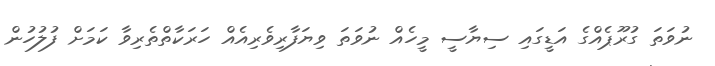
ނުވަތަ ގުރޫޕެއްގެ އަޑީގައި ސިޔާސީ މީހެއް ނުވަތަ ވިޔަފާރިވެރިއެއް ހަރަކާތްތެރިވާ ކަމަށް ފުލުހުން